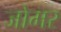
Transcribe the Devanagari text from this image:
जोमर